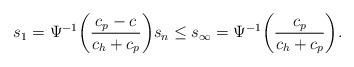
LaTeX: \begin{align*}s_1 = \Psi^{-1} \bigg( \frac{c_p-c}{c_h+c_p}\bigg) s_n \leq s_\infty = \Psi^{-1} \bigg( \frac{ c_p}{c_h+c_p}\bigg).\end{align*}